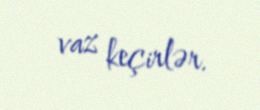
vaz keçirlər.